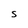
Character: S